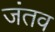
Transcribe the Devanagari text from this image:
जंतव